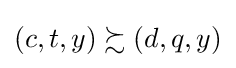
\left(c,t,y\right)\succsim \left(d,q,y\right)